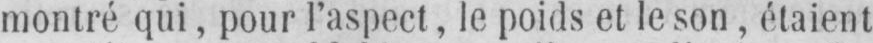
montré qui, pour l’aspect, le poids et le son, étaient